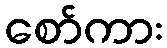
စော်ကား